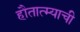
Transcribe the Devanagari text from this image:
हौतात्म्याची